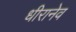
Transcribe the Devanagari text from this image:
धीरानेव